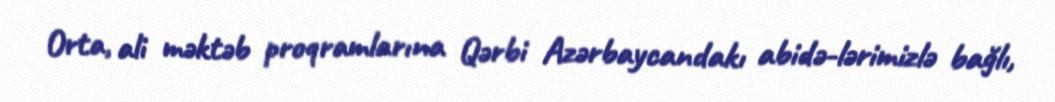
Orta, ali məktəb proqramlarına Qərbi Azərbaycandakı abidə­lərimizlə bağlı,